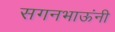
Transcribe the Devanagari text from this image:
सगनभाऊंनी